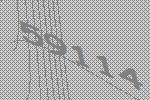
59114